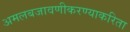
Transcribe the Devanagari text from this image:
अमलबजावणीकरण्याकरिता